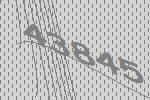
43845